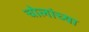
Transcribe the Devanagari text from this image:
चोलांच्या